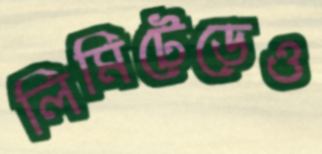
লিমিটেডেও